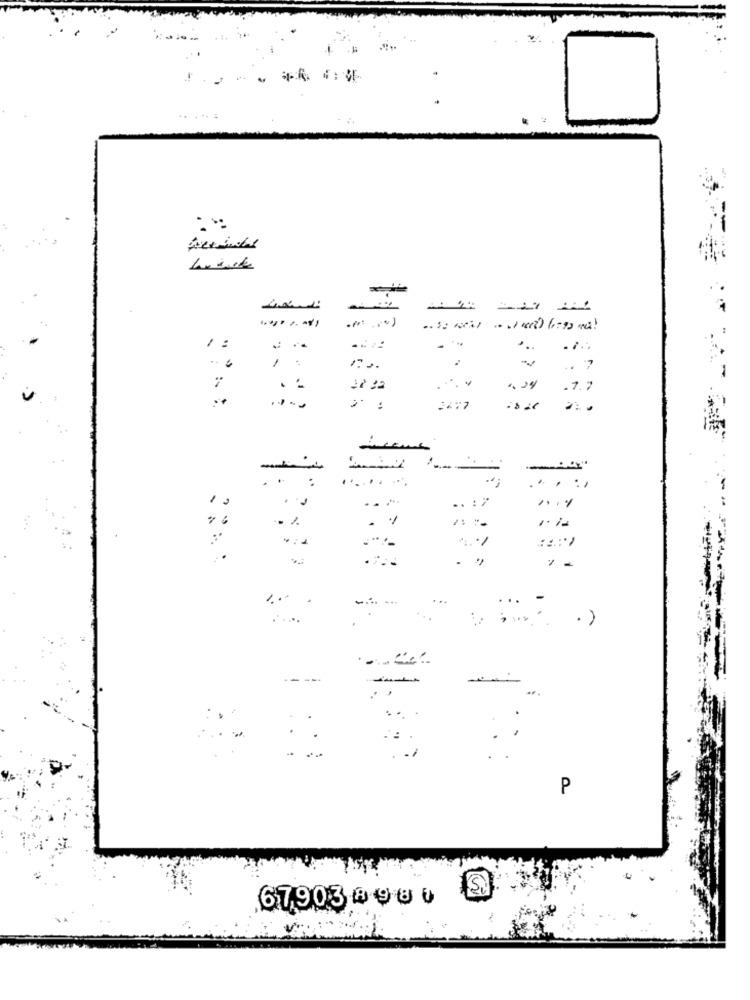
تتصف
1 :
..
.7.7
:
.....
..
...
.. : 7
..
. "
...
-
. .
...
.
.)
P
67903 0 90 0